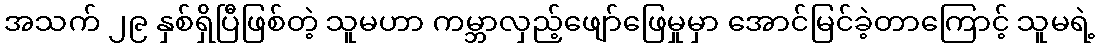
အသက် ၂၉ နှစ်ရှိပြီဖြစ်တဲ့ သူမဟာ ကမ္ဘာလှည့်ဖျော်ဖြေမှုမှာ အောင်မြင်ခဲ့တာကြောင့် သူမရဲ့